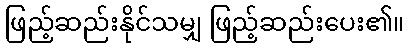
ဖြည့်ဆည်းနိုင်သမျှ ဖြည့်ဆည်းပေး၏။